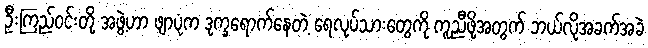
ဦးကြည်ဝင်းတို့ အဖွဲ့ဟာ ဖျာပုံက ဒုက္ခရောက်နေတဲ့ ရေလုပ်သားတွေကို ကူညီဖို့အတွက် ဘယ်လိုအခက်အခဲ